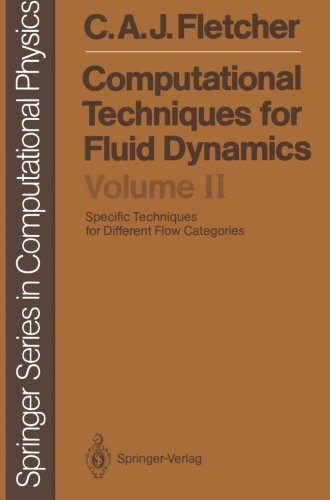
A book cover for Computational Techniques for Fluid Dynamics: Specific Techniques for Different Flow Categories (Springer Series in Computational Physics); Clive A. J. Fletcher; Science & Math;